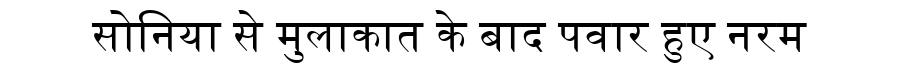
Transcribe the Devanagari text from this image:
सोनिया से मुलाकात के बाद पवार हुए नरम